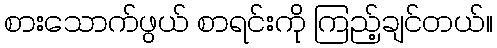
စားသောက်ဖွယ် စာရင်းကို ကြည့်ချင်တယ်။